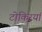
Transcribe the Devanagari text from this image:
टोकिरयां